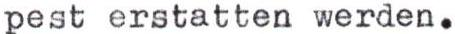
pest erstatten werden.